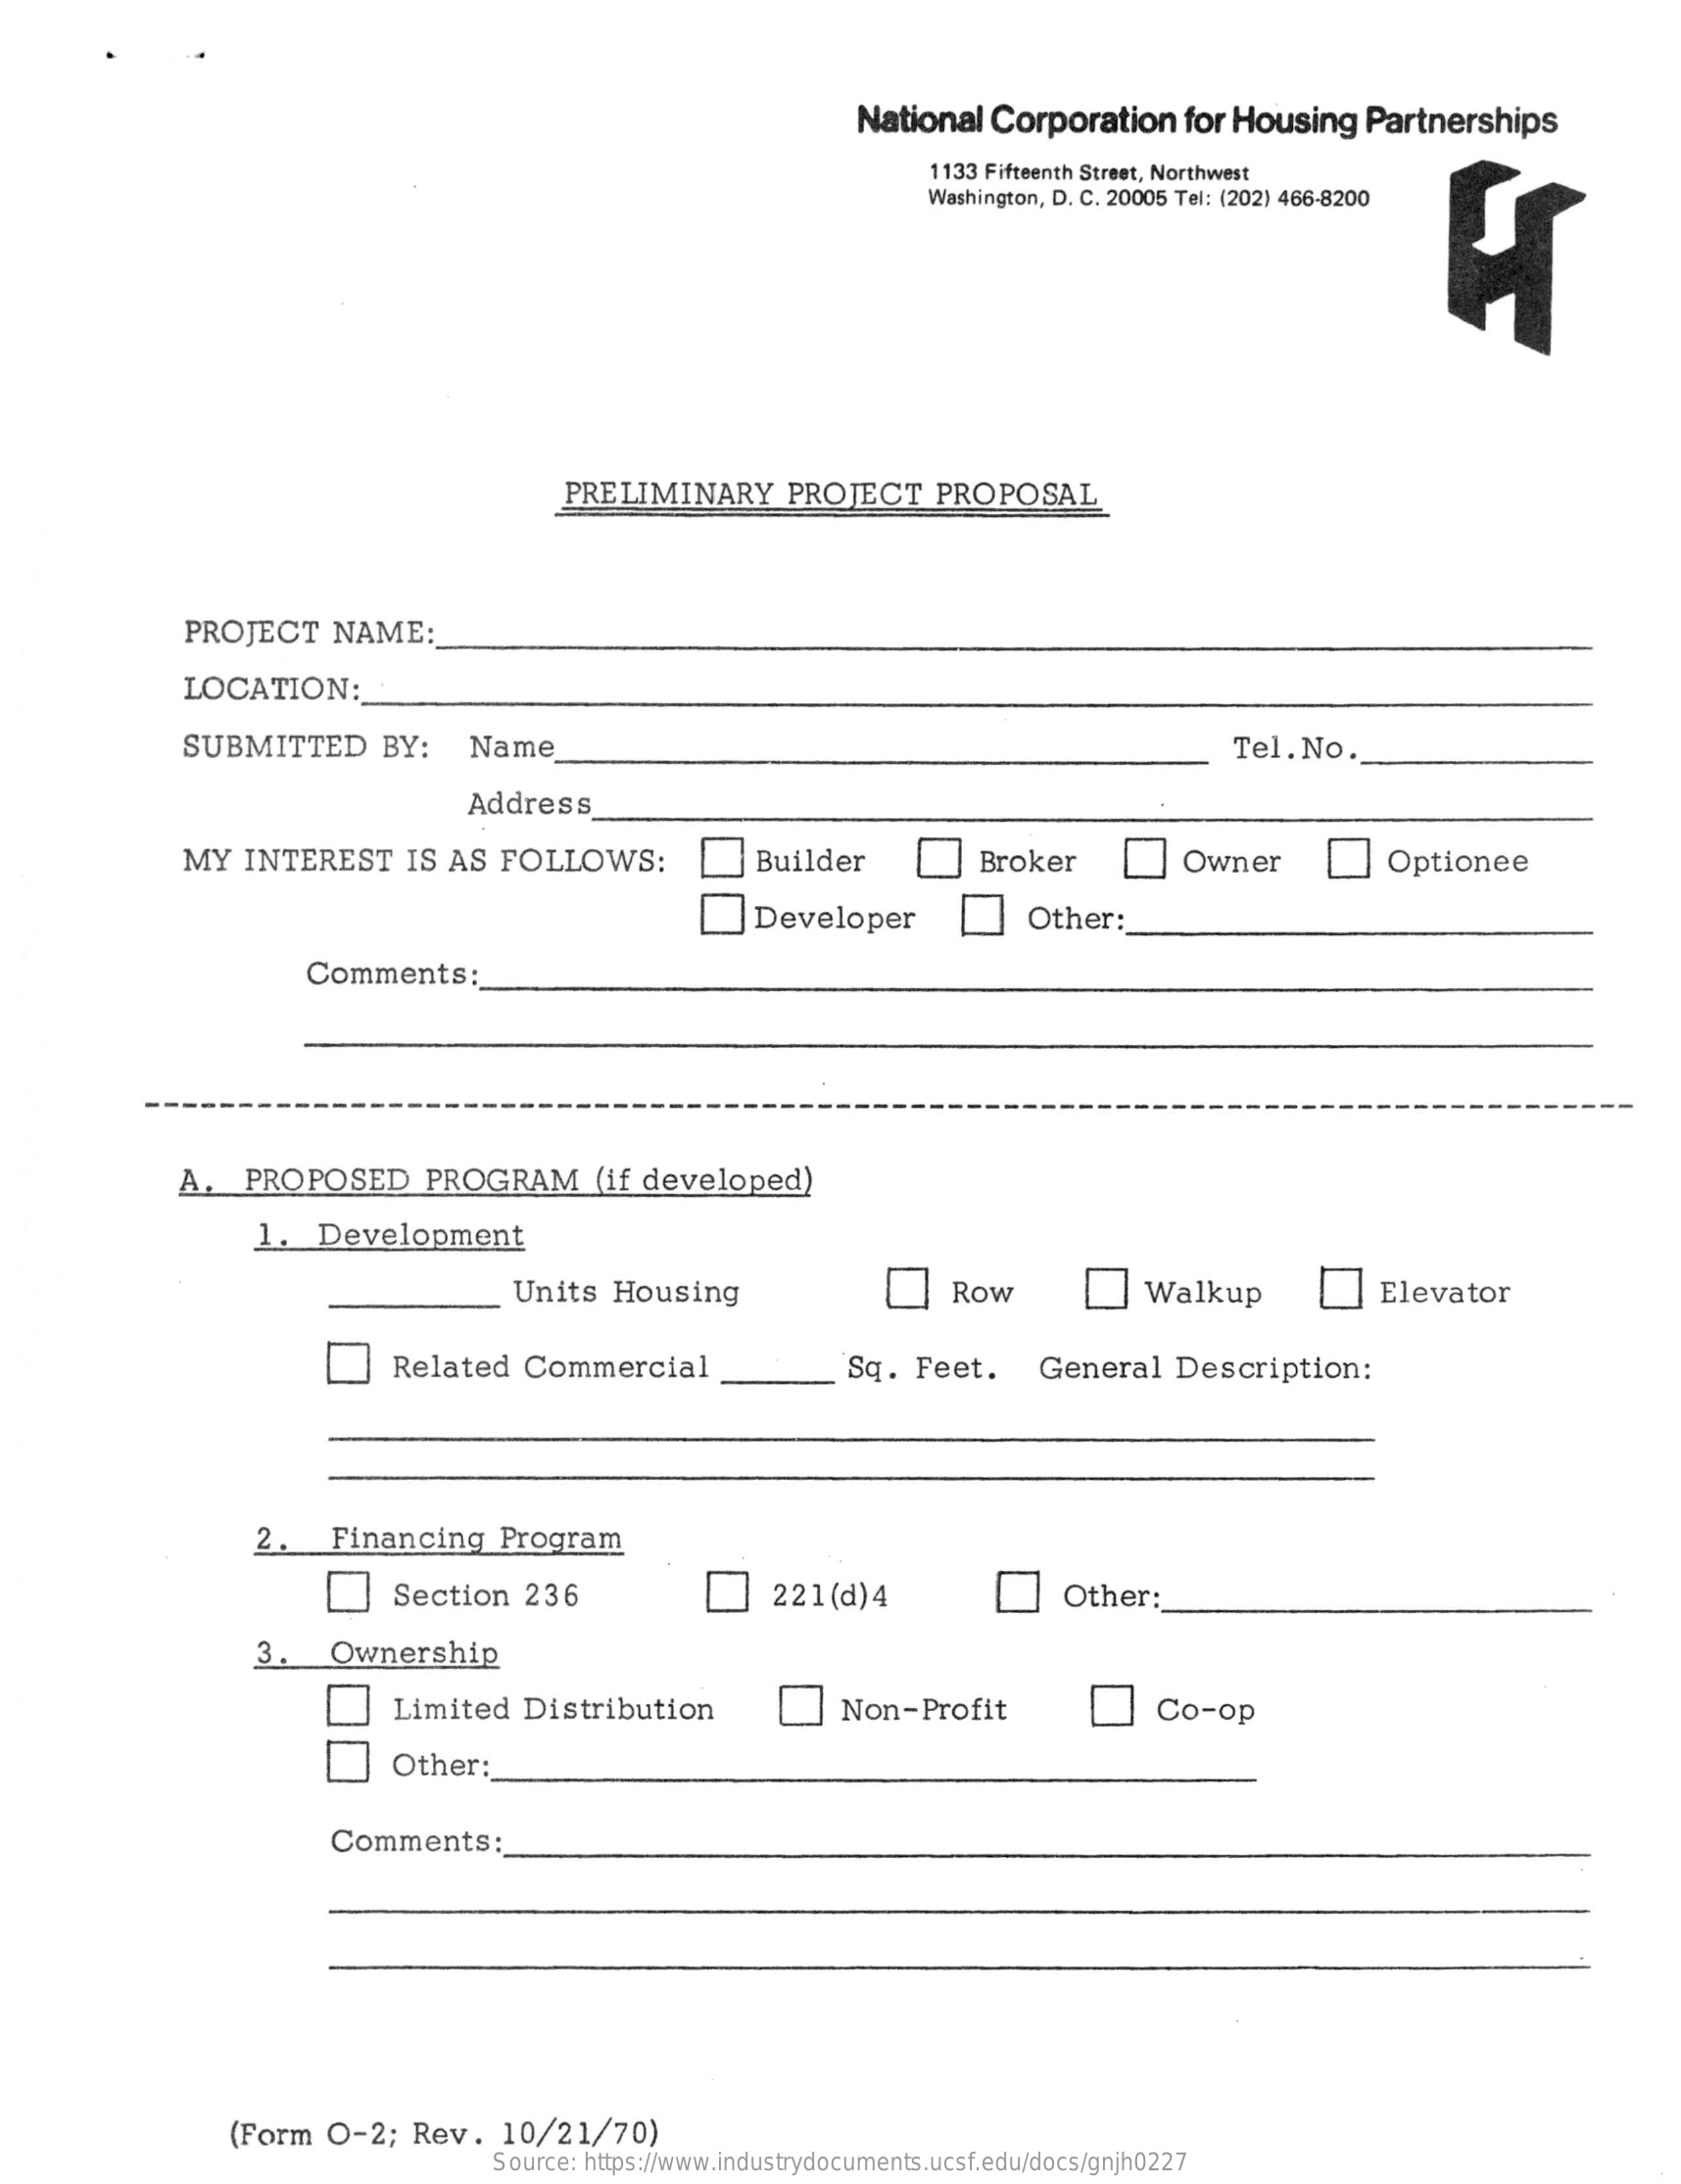
National    Corporation    for Housing    Partnerships
     1133 Fifteenth Street, Northwest
     Washington, D. C. 20005 Tel: (202) 466-8200
     PRELIMINARY    PROJECT    PROPOSAL
     PROJECT    NAME:
     LOCATION:
     SUBMITTED    BY:    Name    Tel. No.
     Address
     MY   INTEREST    IS AS   FOLLOWS:    Builder    Broker    _Owner    Optionee
     _Developer    Other:
     Comments:
     A.   PROPOSED    PROGRAM    (if developed)
     1.  Development
     Units   Housing    Row    Walkup    Elevator
     Related    Commercial    Sq.  Feet.    General    Description:
     2.    Financing    Program
     Section    236    221(d)   4    Other:
     3.    Ownership
     Limited    Distribution    Non-Profit    Co-op
     Other:
     Comments:
     (Form   O-2;   Rev.    10/21/70)
     Source: https://www.industrydocuments.ucsf.edu/docs/gnjh0227